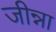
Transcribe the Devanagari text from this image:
जीन्ना